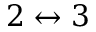
2 \leftrightarrow 3